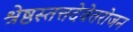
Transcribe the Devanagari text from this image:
श्रेष्ठस्तत्तदेवेतरोजन